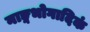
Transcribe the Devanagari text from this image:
नाङ्गभोगादिकं